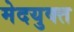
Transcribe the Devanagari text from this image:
मेदयुक्त